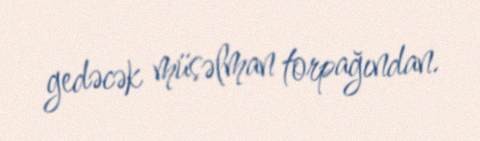
gedəcək müsəlman torpağından.